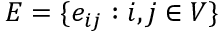
E = \{ e _ { i j } : i , j \in V \}